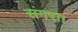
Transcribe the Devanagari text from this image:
संगरा।